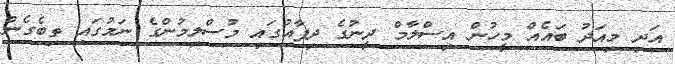
އަދި މިއަދު ބައެއް މީހުން އިސްލާމް ދީނުގެ ދިފާއުގައި މުސްލިމުންގެ ނަމުގައި ތިބެގެން